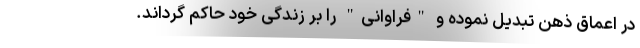
در اعماق ذهن تبدیل نموده و "فراوانی" را بر زندگی خود حاکم گرداند.